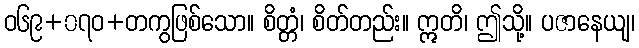
ဝ၆၉+၀၇ဝ+တကွဖြစ်သော။ စိတ္တံ၊ စိတ်တည်း။ ဣတိ၊ ဤသို့။ ပဇာနေယျ၊